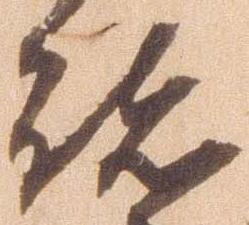
諸